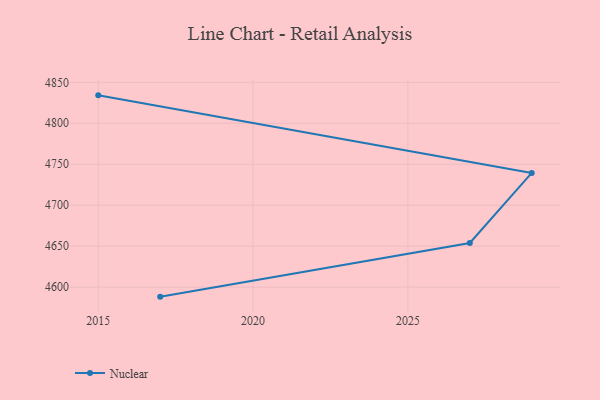
{"axis": {"x": "Year", "y": "Active Users"}, "legend": ["Nuclear"], "data": [{"x": "2015", "y": 4834.1, "type": "Nuclear"}, {"x": "2029", "y": 4739.4, "type": "Nuclear"}, {"x": "2027", "y": 4653.9, "type": "Nuclear"}, {"x": "2017", "y": 4588.4, "type": "Nuclear"}]}